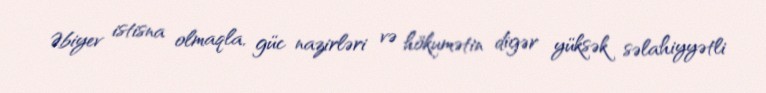
Əbiyev istisna olmaqla, güc nazirləri və hökumətin digər yüksək səlahiyyətli